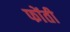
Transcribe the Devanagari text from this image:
फोंती